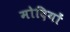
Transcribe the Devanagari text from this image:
मोदियों